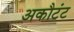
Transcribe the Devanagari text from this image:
अकौटंट